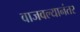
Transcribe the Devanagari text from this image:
वाजवल्यानंतर